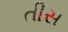
તીસ